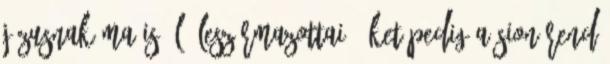
Jézusnak ma is élő leszármazottai. Őket pedig a Sion-rend